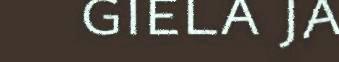
giela ja